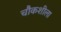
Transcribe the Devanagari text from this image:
चौकशीला